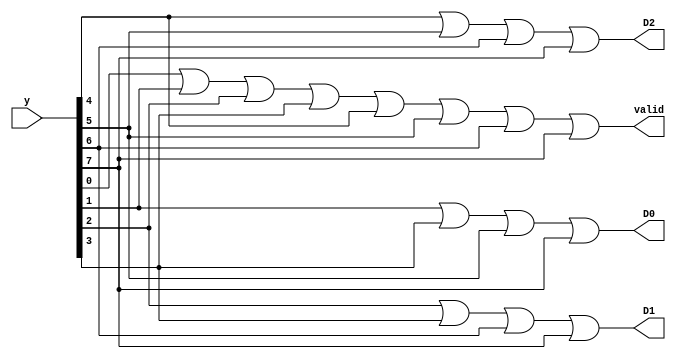

module Priority_Encoder8x3(input [7:0] y,output D2,D1,D0,valid);

 assign valid = y[0]|y[1]|y[2]|y[3]|y[4]|y[5]|y[6]|y[7] ;
 
 assign D0 = y[1]|y[3]|y[5]|y[7] ;
 
 assign D1 = y[2]|y[3]|y[6]|y[7] ;
 
 assign D2 = y[4]|y[5]|y[6]|y[7] ;
 
endmodule